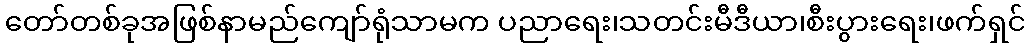
တော်တစ်ခုအဖြစ်နာမည်ကျော်ရုံသာမက ပညာရေး၊သတင်းမီဒီယာ၊စီးပွားရေး၊ဖက်ရှင်